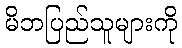
မိဘပြည်သူများကို